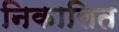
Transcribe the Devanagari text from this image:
निकालित